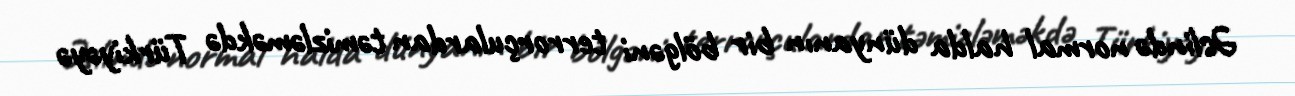
Əslində normal halda dünyanın bir bölgəni terrorçulardan təmizləməkdə Türkiyəyə